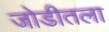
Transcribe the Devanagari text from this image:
जोडीतला